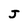
Character: J